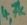
Text: 4,7k